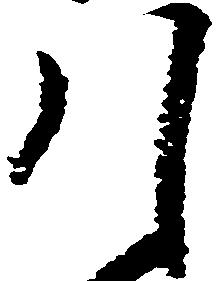
引